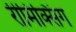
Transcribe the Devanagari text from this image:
रीमिक्सिंग